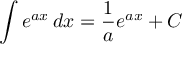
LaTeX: \int e ^ { a x } \, d x = { \frac { 1 } { a } } e ^ { a x } + C